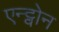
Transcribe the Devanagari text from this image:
एन्ट्वोन